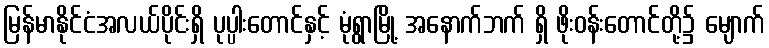
မြန်မာနိုင်ငံအလယ်ပိုင်းရှိ ပုပ္ပါးတောင်နှင့် မုံရွာမြို့ အနောက်ဘက် ရှိ ဖိုးဝန်းတောင်တို့၌ မျောက်